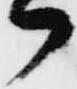
々